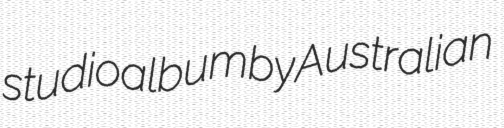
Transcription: studio album by Australian